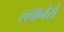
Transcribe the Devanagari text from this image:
ल्लानेरो